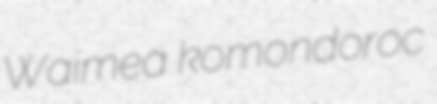
Waimea komondoroc